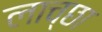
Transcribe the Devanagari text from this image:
लाच्छा